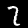
Digit: 2